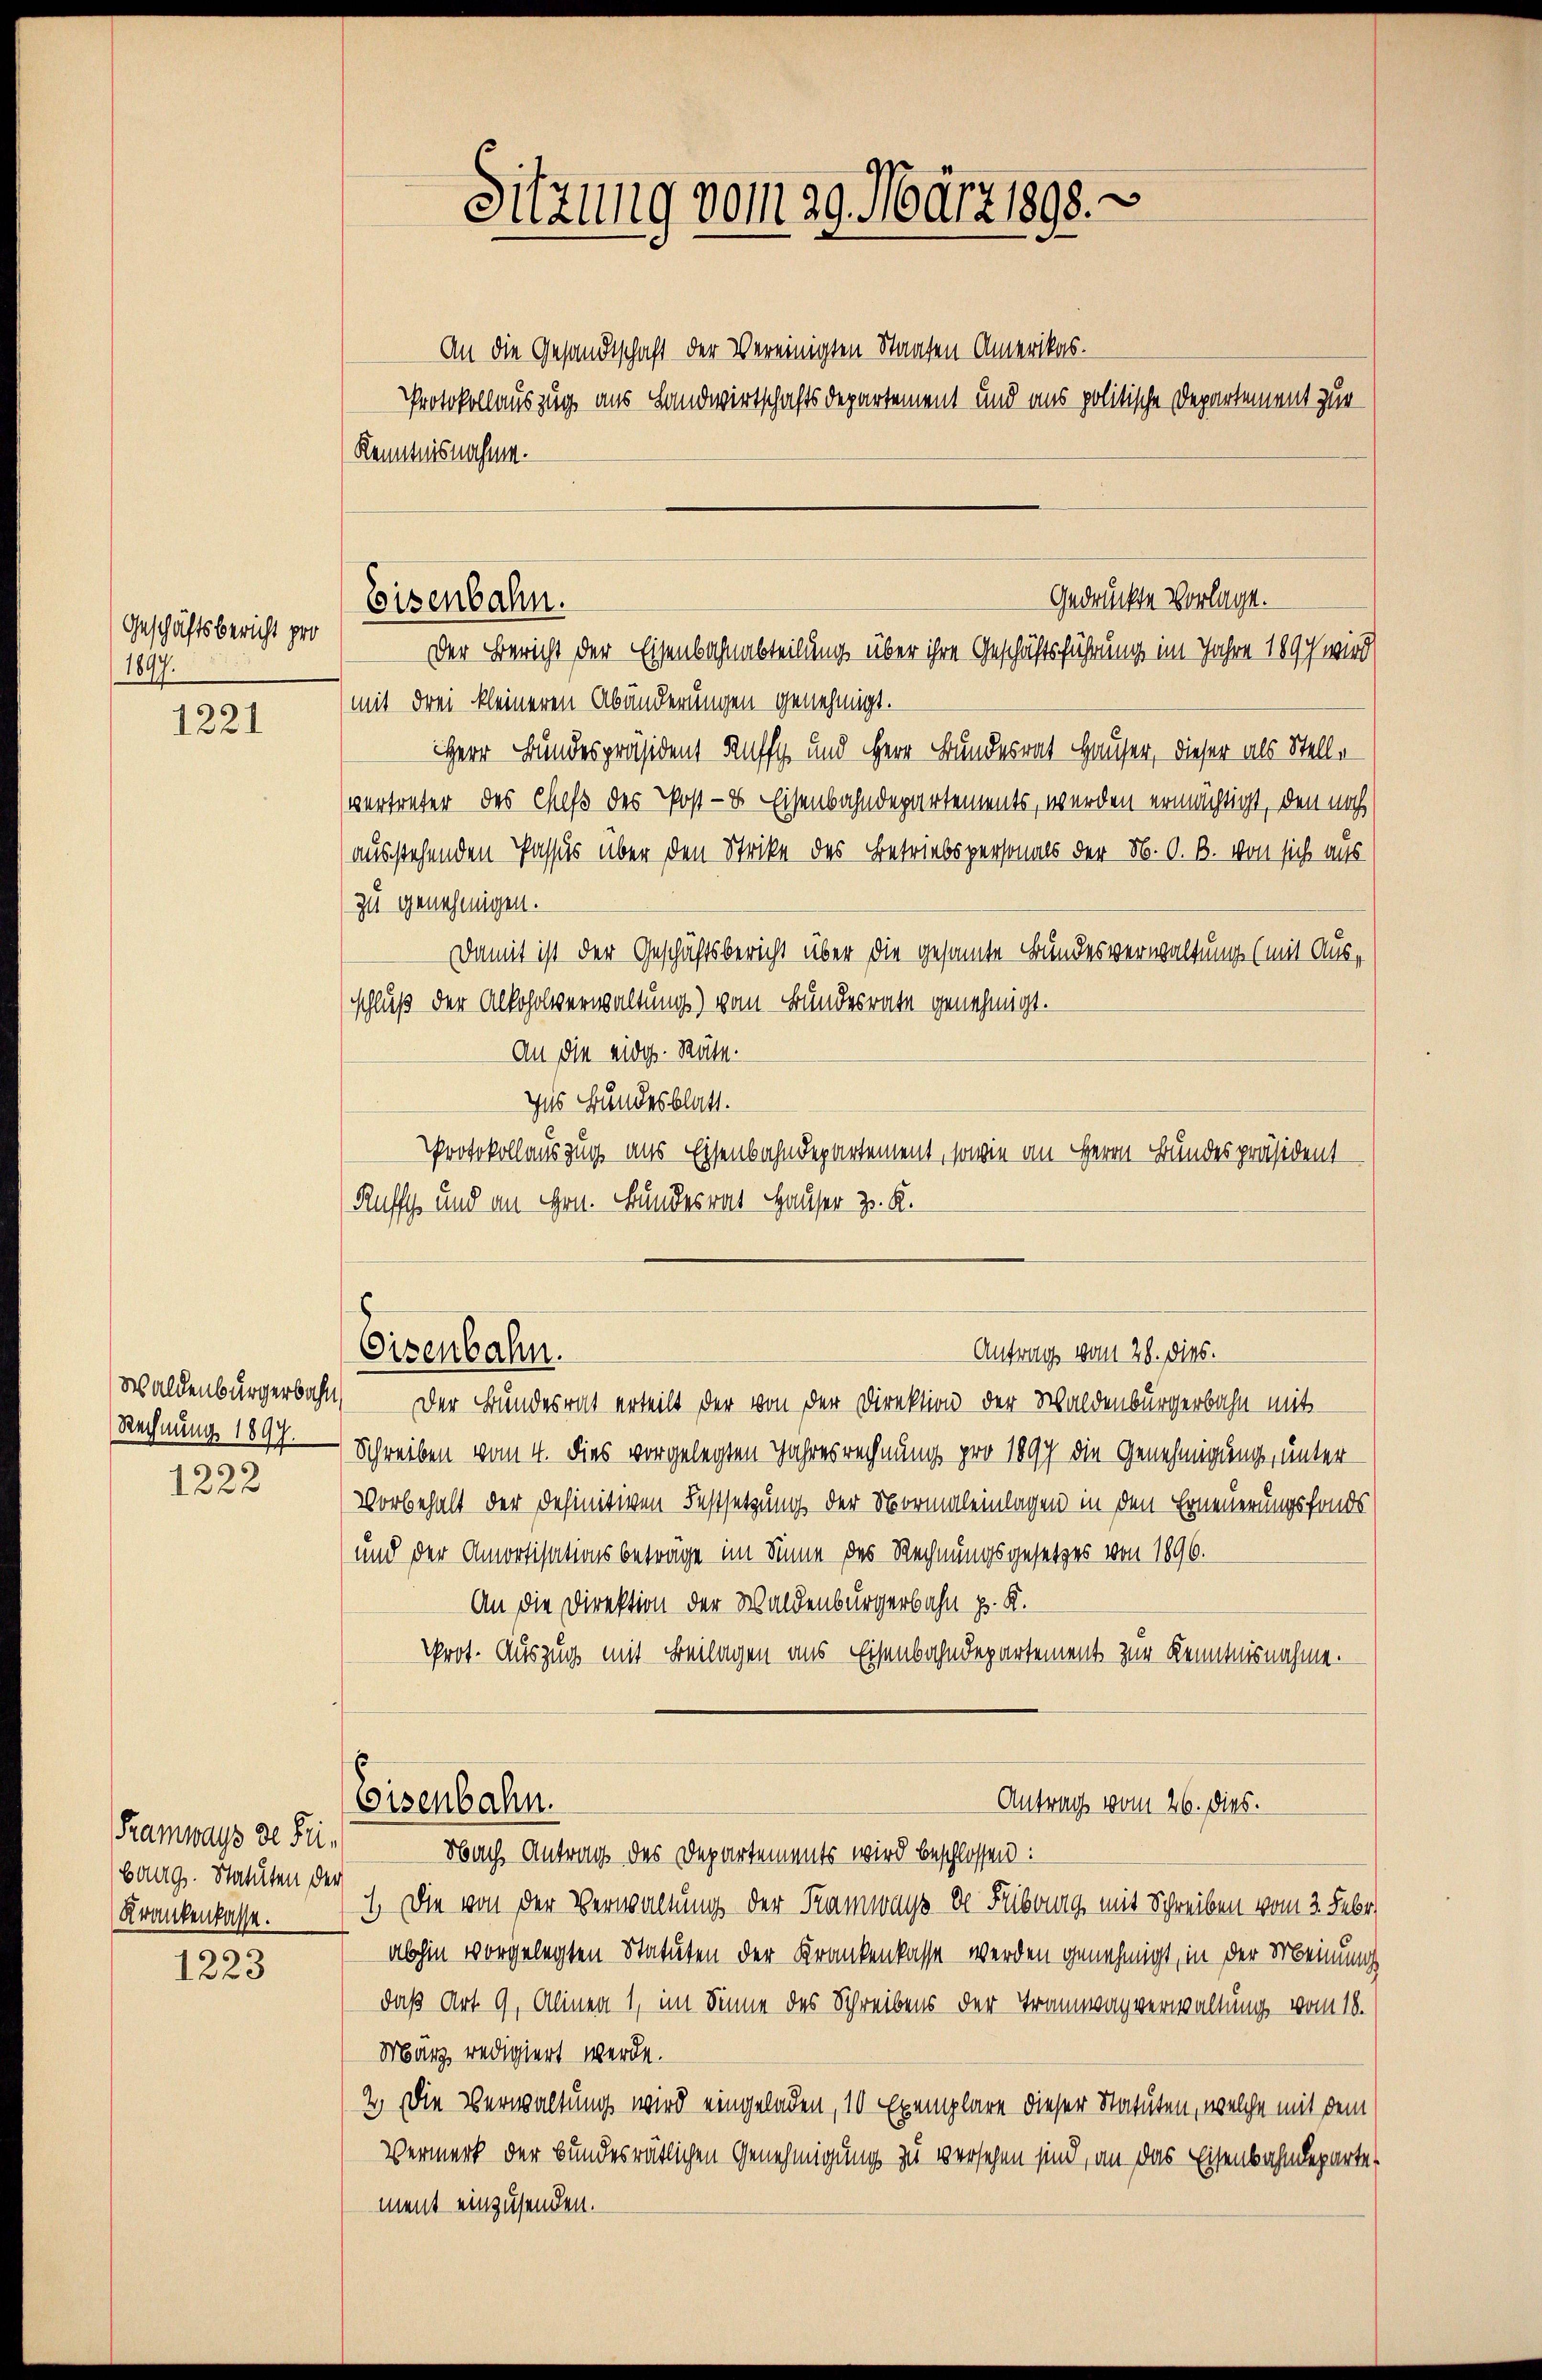
Geschäftsbericht pro
1897.

1221

Waldenburgerbahn
Rechnung 1897.

1222

Framways de Fribaag. Statuten der
Krankenkasse.

1223

An die Gesandtschaft der Vereinigten Staaten Amerikas.
Protokollauszug aus Landwirtschaftsdepartement und aus politische Departement zur
Kenntnisnahme.

Eisenbahn.

Sitzung vom 29. März 1898.

gedruckte Vorlage.
Der Bericht der Eisenbahnabteilung über ihre Geschäftsführung im Jahre 1897 wird

mit drei kleineren Abänderungen genehmigt.
Herr Bundespräsident auff und Herr Bundesrat Hauser, dieser als Stellvertreter des Chefs des Post- & Eisenbahndepartements, werden ermächtigt, den noch
ausstehenden Passus über den Strike des Betriebspersonals der N. O. B. von sich aus
zu genehmigen.
Damit ist der Geschäftsbericht über die gesamte Bundesverwaltung (mit Ausschluß der Alkoholverwaltung) vom Bundesrate genehmigt.
An die eidg. Räte.
Zus Bundesblatt.
Protokollauszug aus Eisenbahndepartement, sowie an Herrn Bundespräsident
Kuffes und an Hrn. Bundesrat Hauser z. K.
Eisenbahn.
Antrag vom 28. dies.
Der Bundesrat erteilt der von der Direktion der Waldenburgerbahn mit
Schreiben vom 4. dies vorgelegten Jahresrechnung pro 1897 die Genehmigung, unter
Vorbehalt der definitiven Festsetzung der Normaleinlagen in den Erneuerungsfonds
und der Amortisationsbetrage im Sinne des Rechnungsgesetzes von 1896.
An die Direktion der Waldenburgerbahn p. K.
Prot. Auszug mit Beilagen aus Eisenbahndepartement zur Kenntnisnahme.
Antrag vom 26. dies.
Eisenbahn.

Nbach Antrag des Departements wird beschlossen:
1. Die von der Verwaltung der Kannnys de Fribung mit Schreiben vom 3. Febr.
abhin vorgelegten Statuten der Krankenkasse werden genehmigt, in der Meinung
daß Art. 9, Alinea 1, im Sinne des Schreibens der Tramwagverwaltung vom 18.
März redigiert werde.
2.) Die Verwaltung wird eingeladen, 10 Exemplare dieser Statuten, welche mit dem
Vermerk der bundesrätlichen Genehmigung zu versehen sind, an das Eisenbahndeparte
ment einzusenden.